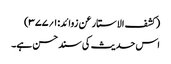
(کشف الاستار عن زوائد:۱؍۳۷۷)
اس حدیث کی سند حسن ہے۔